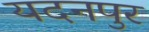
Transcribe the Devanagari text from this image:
यदनपुर